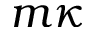
m \kappa